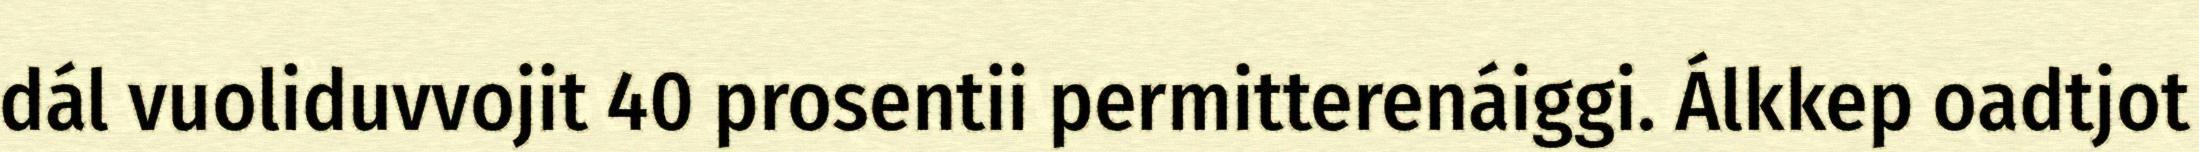
dál vuoliduvvojit 40 prosentii permitterenáiggi. Álkkep oadtjot